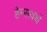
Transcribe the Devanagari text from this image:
हेम्सवर्थ